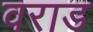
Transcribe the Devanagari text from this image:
वराड